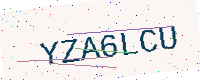
Text: YZA6LCU